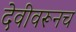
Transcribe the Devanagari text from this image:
देवीवरूनच